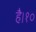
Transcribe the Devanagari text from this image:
है।१०